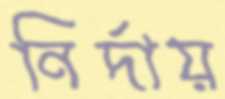
নির্দায়